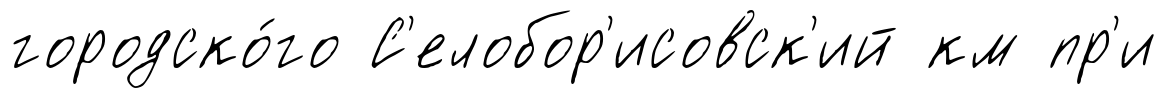
городско́го С'елобор'исовск'ий км пр'и